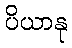
ပိယာနု